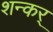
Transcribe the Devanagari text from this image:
शन्कर्